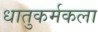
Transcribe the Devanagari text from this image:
धातुकर्मकला